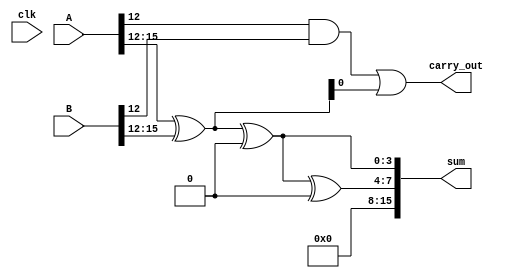
module hybrid_carry_select_adder #(
    parameter N = 16 // Total width of the input numbers (A, B)
)(
    input  [N-1:0] A,  // First operand
    input  [N-1:0] B,  // Second operand
    input  clk,
    output [N-1:0] sum, // Sum output
    output carry_out     // Final carry output
);
    localparam SEGMENT_SIZE = 4; // Size of each segment
    localparam NUM_SEGMENTS = N / SEGMENT_SIZE;

    // Internal signals
    wire [SEGMENT_SIZE-1:0] sum_0[NUM_SEGMENTS-1:0]; // Sum outputs for carry-in = 0
    wire [SEGMENT_SIZE-1:0] sum_1[NUM_SEGMENTS-1:0]; // Sum outputs for carry-in = 1
    wire carry_out_0[NUM_SEGMENTS-1:0];               // Carry outputs for carry-in = 0
    wire carry_out_1[NUM_SEGMENTS-1:0];               // Carry outputs for carry-in = 1
    wire carry_in [NUM_SEGMENTS:0];                   // Carry inputs for segments
    wire [NUM_SEGMENTS-1:0] select;                   // Multiplexer select lines

    assign carry_in[0] = 1'b0; // Initial carry input for the first segment

    // Segment computation
    genvar i;
    generate
        for (i = 0; i < NUM_SEGMENTS; i = i + 1) begin: segment
            wire [SEGMENT_SIZE-1:0] A_segment = A[(i+1)*SEGMENT_SIZE-1 -: SEGMENT_SIZE];
            wire [SEGMENT_SIZE-1:0] B_segment = B[(i+1)*SEGMENT_SIZE-1 -: SEGMENT_SIZE];

            // Carry Generate and Propagate
            wire P = A_segment ^ B_segment;      // Propagate
            wire G = A_segment & B_segment;      // Generate
            
            // Calculate sums and carry outputs
            assign sum_0[i] = A_segment ^ B_segment ^ carry_in[i]; // Sum assuming carry-in = 0
            assign sum_1[i] = sum_0[i] ^ (1'b1 << SEGMENT_SIZE) & {SEGMENT_SIZE{1'b1}}; // Sum assuming carry-in = 1
            
            // Propagate and generate for next segment
            assign carry_out_0[i] = G | (P & carry_in[i]); // Carry out assuming carry-in = 0
            assign carry_out_1[i] = G | (P & 1'b1);        // Carry out assuming carry-in = 1
        end
    endgenerate

    // Carry Lookahead logic (to be implemented)
    // For simplicity, let's assume the carry is computed here.
    assign select[0] = carry_in[0];
    generate
        for (i = 1; i < NUM_SEGMENTS; i = i + 1) begin: select_logic
            assign select[i] = carry_out_0[i-1]; // Carry-in for next segment
        end
    endgenerate

    // Final sum and carry output using a multiplexer
    assign sum = {sum_1[NUM_SEGMENTS-1], sum_0[NUM_SEGMENTS-1]};
    assign carry_out = carry_out_1[NUM_SEGMENTS-1];

endmodule